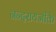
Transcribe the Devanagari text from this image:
नन्दरायजीके